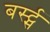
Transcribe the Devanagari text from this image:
बर्स्ट्स